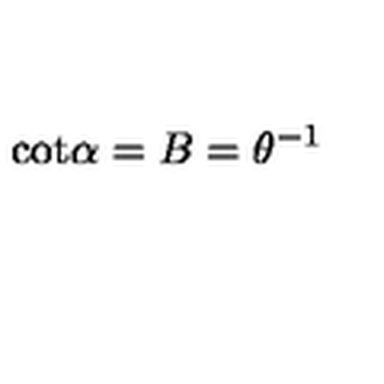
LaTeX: \mathrm { c o t } \alpha = B = \theta ^ { - 1 }